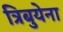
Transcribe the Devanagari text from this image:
त्रिबुयेना